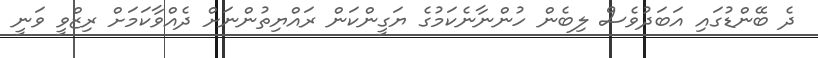
ދެ ބޭންޑުގައި އަބަދުވެސް ލިބެން ހުންނާނެކަމުގެ ޔަގީންކަން ރައްޔިތުންނަށް ދެއްވާކަމަށް ރިޒްވީ ވަނީ